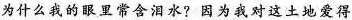
为什么我的眼里常含泪水? 因为我对这土地爱得